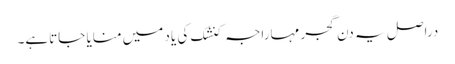
دراصل یہ دن گجر مہاراجہ کنشک کی یاد میں منایا جاتاہے۔